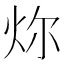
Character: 𪸞